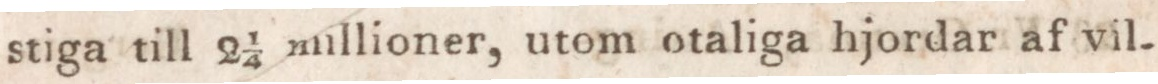
stiga till 2 ¼ millioner, utom otaliga hjordar af vil-